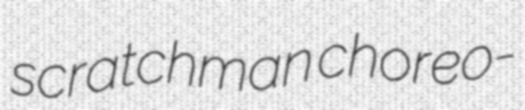
scratchman choreo-